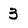
Character: 3